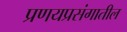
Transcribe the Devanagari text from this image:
प्रणयप्रसंगातील